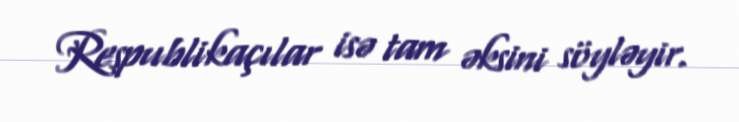
Respublikaçılar isə tam əksini söyləyir.